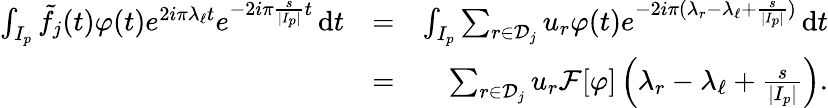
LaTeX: \begin{array}{rlr}{\int_{I_{p}}\tilde{f}_{j}(t)\varphi(t)e^{2i\pi\lambda_{\ell}t}e^{-2i\pi\frac{s}{|I_{p}|}t}\, \mathrm{d}t}&{=}&{\int_{I_{p}}\sum_{r\in{\mathcal D}_{j}}u_{r}\varphi(t)e^{-2i\pi(\lambda_{r}-\lambda_{\ell}+\frac{s}{|I_{p}|})}\, \mathrm{d}t}\\ &{=}&{\sum_{r\in{\mathcal D}_{j}}u_{r}{\mathcal F}[\varphi]\left(\lambda_{r}-\lambda_{\ell}+\frac{s}{|I_{p}|}\right).}\end{array}